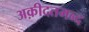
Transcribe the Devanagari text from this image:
अक़ीदतमन्द